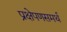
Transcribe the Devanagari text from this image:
प्रक्षेपणसमर्थ